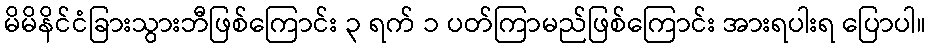
မိမိနိင်ငံခြားသွားဘီဖြစ်ကြောင်း ၃ ရက် ၁ ပတ်ကြာမည်ဖြစ်ကြောင်း အားရပါးရ ပြောပါ။